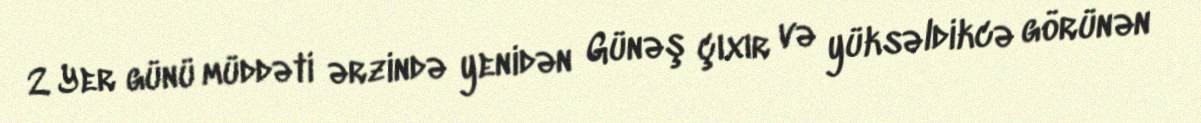
2 Yer günü müddəti ərzində yenidən Günəş çıxır və yüksəldikcə görünən